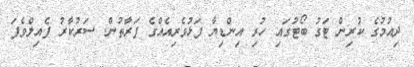
ދިއުމުގެ ކުރިން ޓަގު ބޯޓުގައި ހުރި އިންޑިޔާ ފަޅުވެރިއެއްގެ ފަރާތުން. ސަރުކާރު ފެއިލްވެފަ